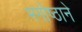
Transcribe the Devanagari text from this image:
भगोष्ठाने